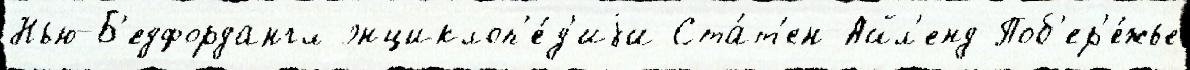
Нью-Б'едфордангл энциклоп'е́д'иjи Ста́т'ен-Айл'енд Поб'ер'е́жье